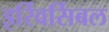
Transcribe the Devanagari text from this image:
इर्रिवर्सिबल